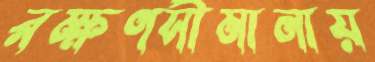
রক্ষণসীমানায়